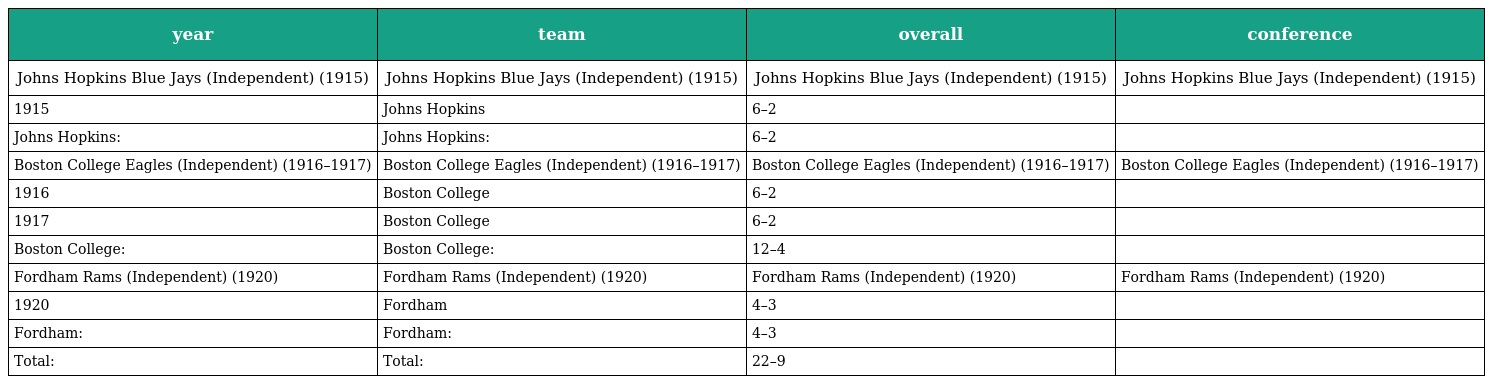
| year | team | overall | conference |
 | --- | --- | --- | --- |
 | Johns Hopkins Blue Jays (Independent) (1915) | Johns Hopkins Blue Jays (Independent) (1915) | Johns Hopkins Blue Jays (Independent) (1915) | Johns Hopkins Blue Jays (Independent) (1915) |
 | 1915 | Johns Hopkins | 6–2 |  |
 | Johns Hopkins: | Johns Hopkins: | 6–2 |  |
 | Boston College Eagles (Independent) (1916–1917) | Boston College Eagles (Independent) (1916–1917) | Boston College Eagles (Independent) (1916–1917) | Boston College Eagles (Independent) (1916–1917) |
 | 1916 | Boston College | 6–2 |  |
 | 1917 | Boston College | 6–2 |  |
 | Boston College: | Boston College: | 12–4 |  |
 | Fordham Rams (Independent) (1920) | Fordham Rams (Independent) (1920) | Fordham Rams (Independent) (1920) | Fordham Rams (Independent) (1920) |
 | 1920 | Fordham | 4–3 |  |
 | Fordham: | Fordham: | 4–3 |  |
 | Total: | Total: | 22–9 |  |